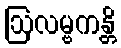
ဩလမ္ဗကန္တိ